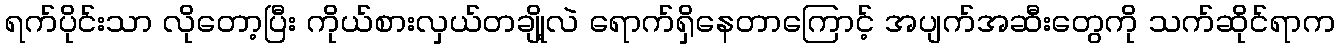
ရက်ပိုင်းသာ လိုတော့ပြီး ကိုယ်စားလှယ်တချို့လဲ ရောက်ရှိနေတာကြောင့် အပျက်အဆီးတွေကို သက်ဆိုင်ရာက